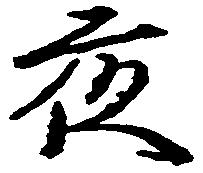
夜